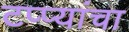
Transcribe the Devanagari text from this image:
टप्प्यांचा